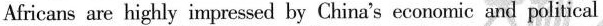
Africans are highly impressed by China's economic and political